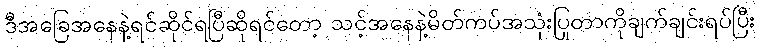
ဒီအခြေအနေနဲ့ရင်ဆိုင်ရပြီဆိုရင်တော့ သင့်အနေနဲ့မိတ်ကပ်အသုံးပြုတာကိုချက်ချင်းရပ်ပြီး